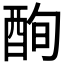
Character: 𲆫